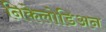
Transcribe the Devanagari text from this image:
निकेलोडिअन